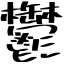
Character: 鬱